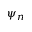
\psi _ { n }